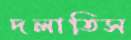
দলাতিস